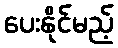
ပေးနိုင်မည့်